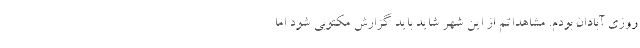
روزی آبادان بودم. مشاهداتم از این شهر شاید باید گزارش مکتوبی شود اما